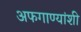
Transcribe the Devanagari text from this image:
अफगाण्यांशी